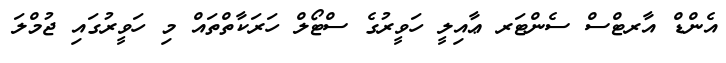
އެންޑް އާރޓްސް ސެންޓަރ ޢާއިލީ ހަވީރުގެ ސްޓޯލް ހަރަކާތްތައް މި ހަވީރުގައި ޖުމްލަ